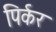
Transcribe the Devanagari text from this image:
पिर्कर